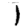
Digit: 1